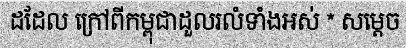
ដដែល ក្រៅពីកម្ពុជាដួលរលំទាំងអស់ * សម្តេច